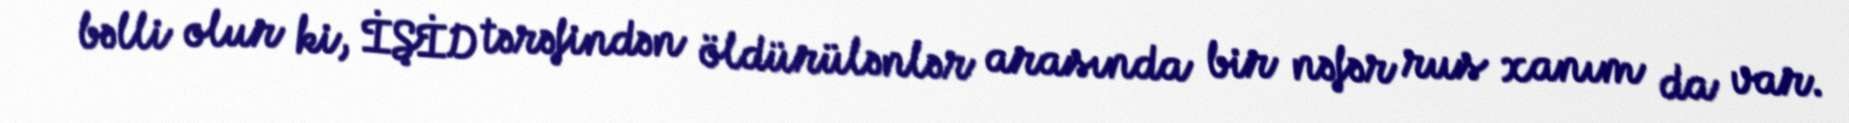
bəlli olur ki, İŞİD tərəfindən öldürülənlər arasında bir nəfər rus xanım da var.